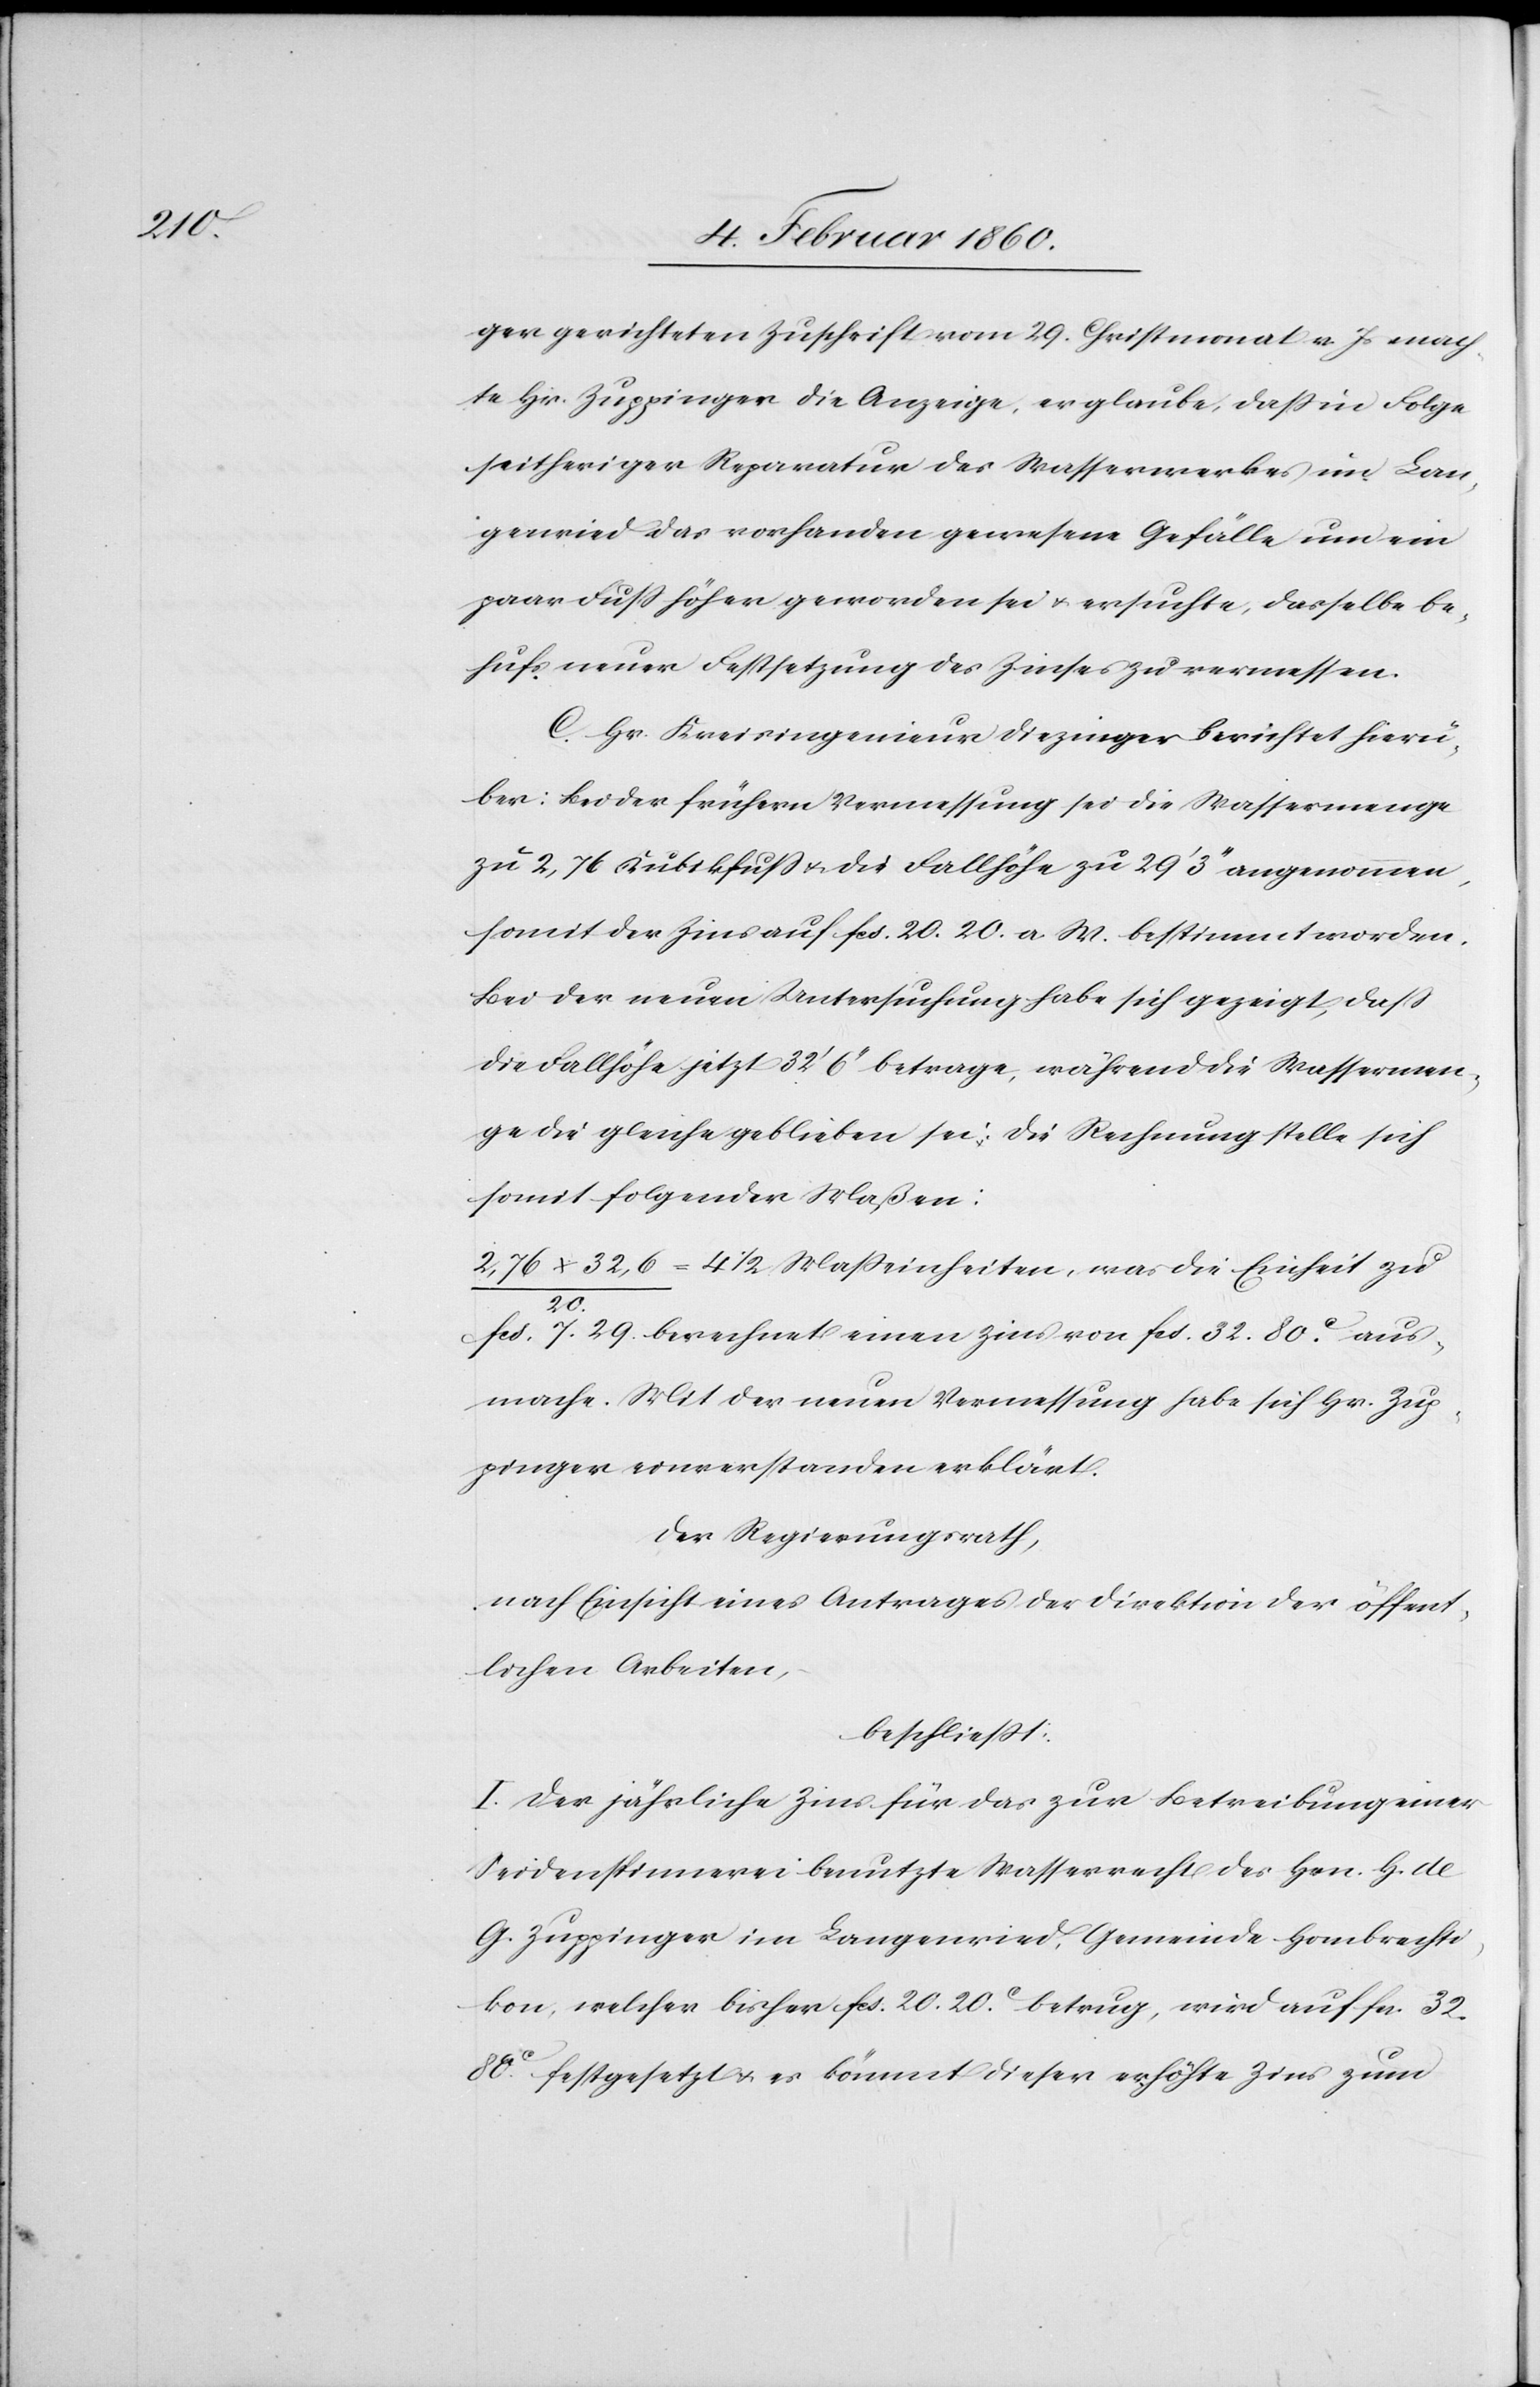
ger gerichteten Zuschrift vom 29. Christmonat v. Js. mach¬
te Hr. Zuppinger die Anzeige, er glaube, dass in Folge
seitheriger Reparatur des Wasserwerkes im Lan¬
genried das vorhanden gewesene Gefälle nun ein
paar Fuss höher geworden sei u. ersuchte, dasselbe be¬
hufs neuer Festsetzung des Zinses zu vermessen.
C. Hr. Kreisingenieur Diezinger berichtet hierü¬
ber: Bei der frühern Vermessung sei die Wassermenge
zu 2,76 Kubikfuss u. die Fallhöhe zu 29’3’’ angenommen,
somit der Zins auf fcs. 20. 20. a. W. bestimmt worden.
Bei der neuen Untersuchung habe sich gezeigt, dass
die Fallhöhe jetzt 32’ 6’’ betrage, während die Wassermen¬
ge die gleiche geblieben sei; die Rechnung stelle sich
somit folgender Maßen:
2,76x32,6/20.=4 1/2 Masseinheiten, was die Einheit zu
fcs. 7. 29 berechnet einen Zins von fcs. 32. 80C aus¬
mache. Mit der neuen Vermessung habe sich Hr. Zup¬
pinger einverstanden erklärt.
Der Regierungsrath,
nach Einsicht eines Antrages der Direktion der öffent¬
lichen Arbeiten,
beschliesst.
I. Der jährliche Zins für das zur Betreibung einer
Seidenspinnerei benutzte Wasserrecht des Hrn. H. de
G. Zuppinger im Langenried, Gemeinde Hombrechti¬
kon, welcher bisher fcs. 20. 20C betrug, wird auf fr. 32.
80C festgesetzt u. es kömmt dieser erhöhte Zins zum